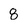
Character: 8